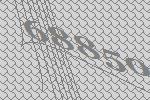
68850